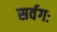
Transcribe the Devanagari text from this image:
सर्वगः